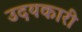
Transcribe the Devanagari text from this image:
उदयकारी